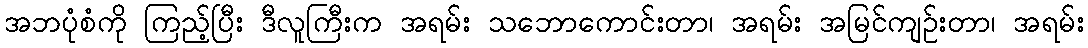
အဘပုံစံကို ကြည့်ပြီး ဒီလူကြီးက အရမ်း သဘောကောင်းတာ၊ အရမ်း အမြင်ကျဉ်းတာ၊ အရမ်း